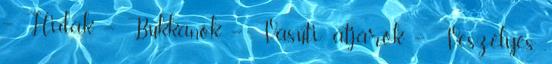
– Hidak – Bukkanók – Vasúti átjárók – Veszélyes